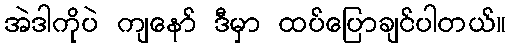
အဲဒါကိုပဲ ကျနော် ဒီမှာ ထပ်ပြောချင်ပါတယ်။